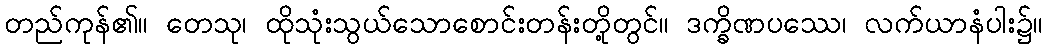
တည်ကုန်၏။ တေသု၊ ထိုသုံးသွယ်သောစောင်းတန်းတို့တွင်။ ဒက္ခိဏပဿေ၊ လက်ယာနံပါး၌။